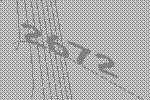
2672